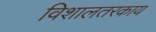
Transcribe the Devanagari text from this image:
विशालतरकाय